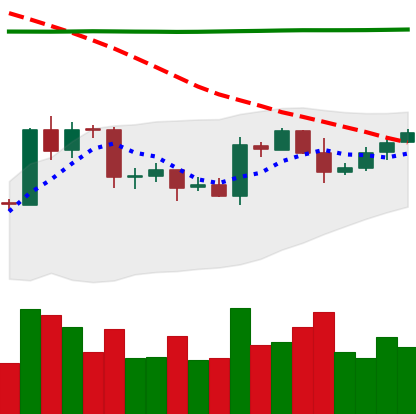
Ticker: EOS-USD
Chart end date: 2020-04-24
Forward return: 10.991%
Label: up_7plus